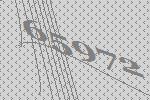
65972